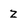
Character: z